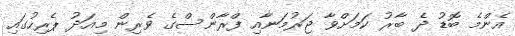
އެންމެ ބޮޑު ދެ ބާރު ކަމަށްވާ ޖަރުމަނާއި ފްރާންސްގެ ވެރިން މިއަދު ޕެރިހުގައި